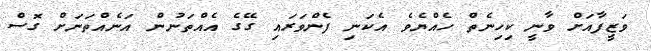
ވަޒީފާއަށް ވާނީ ކިހިނެތް ހެއްޔެވެ އެކަނި ފެންވަރައި ގޭގެ އެއްތަނުން އަނެއްތަނަށް ގޮސް